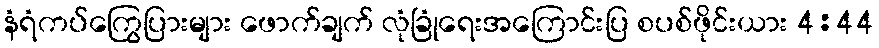
နံရံကပ်ကြွေပြားများ ဖောက်ချက် လုံခြုံရေးအကြောင်းပြ စပစ်ဖိုင်းယား 4:44